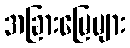
အခြားမြေများ